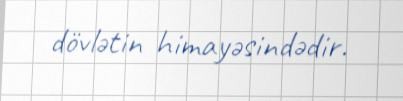
dövlətin himayəsindədir.